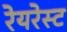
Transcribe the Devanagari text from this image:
रेयरेस्ट